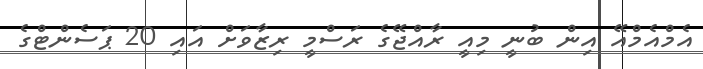
އެމްއެމްއޭ އިން ބުނީ މިއީ ރާއްޖޭގެ ރަސްމީ ރިޒާވަށް އައި 20 ޕަސެންޓްގެ